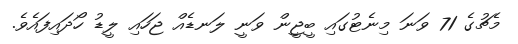
މެޗުގެ 71 ވަނަ މިނެޓުގައި ބީޖީން ވަނީ ލަނޑެއް ޖަހައި ލީޑު ހޯދައިފައެވެ.